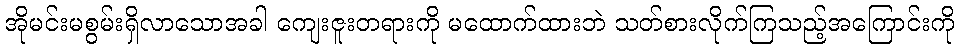
အိုမင်းမစွမ်းရှိလာသောအခါ ကျေးဇူးတရားကို မထောက်ထားဘဲ သတ်စားလိုက်ကြသည့်အကြောင်းကို